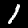
Digit: 1